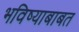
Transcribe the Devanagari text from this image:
भविष्याबाबत